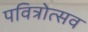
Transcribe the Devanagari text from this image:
पवित्रोत्सव